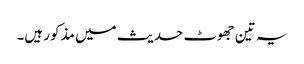
یہ تین جھوٹ حدیث میں مذکور ہیں۔